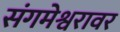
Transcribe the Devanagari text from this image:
संगमेश्वरावर